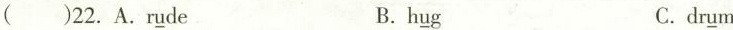
( )22. A.R\underline{u} de B.h\underline{u} g C.dr\underline{u} m